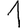
Digit: 1